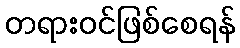
တရားဝင်ဖြစ်စေရန်